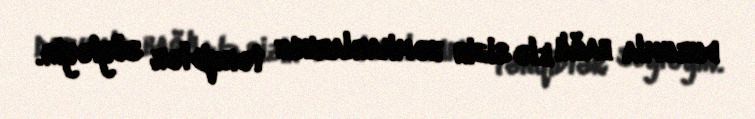
durumla bağlı elə sizin həmkarlarınız tənqidlər söyləyir.